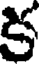
క